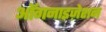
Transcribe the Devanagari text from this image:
ऑगनाइज़ेशन